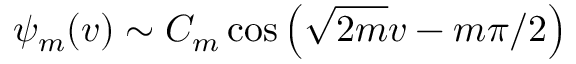
\psi _ { m } ( v ) \sim C _ { m } \cos \left( \sqrt { 2 m } v - m \pi / 2 \right)